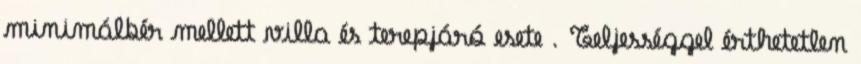
minimálbér mellett villa és terepjáró esete . Teljességgel érthetetlen